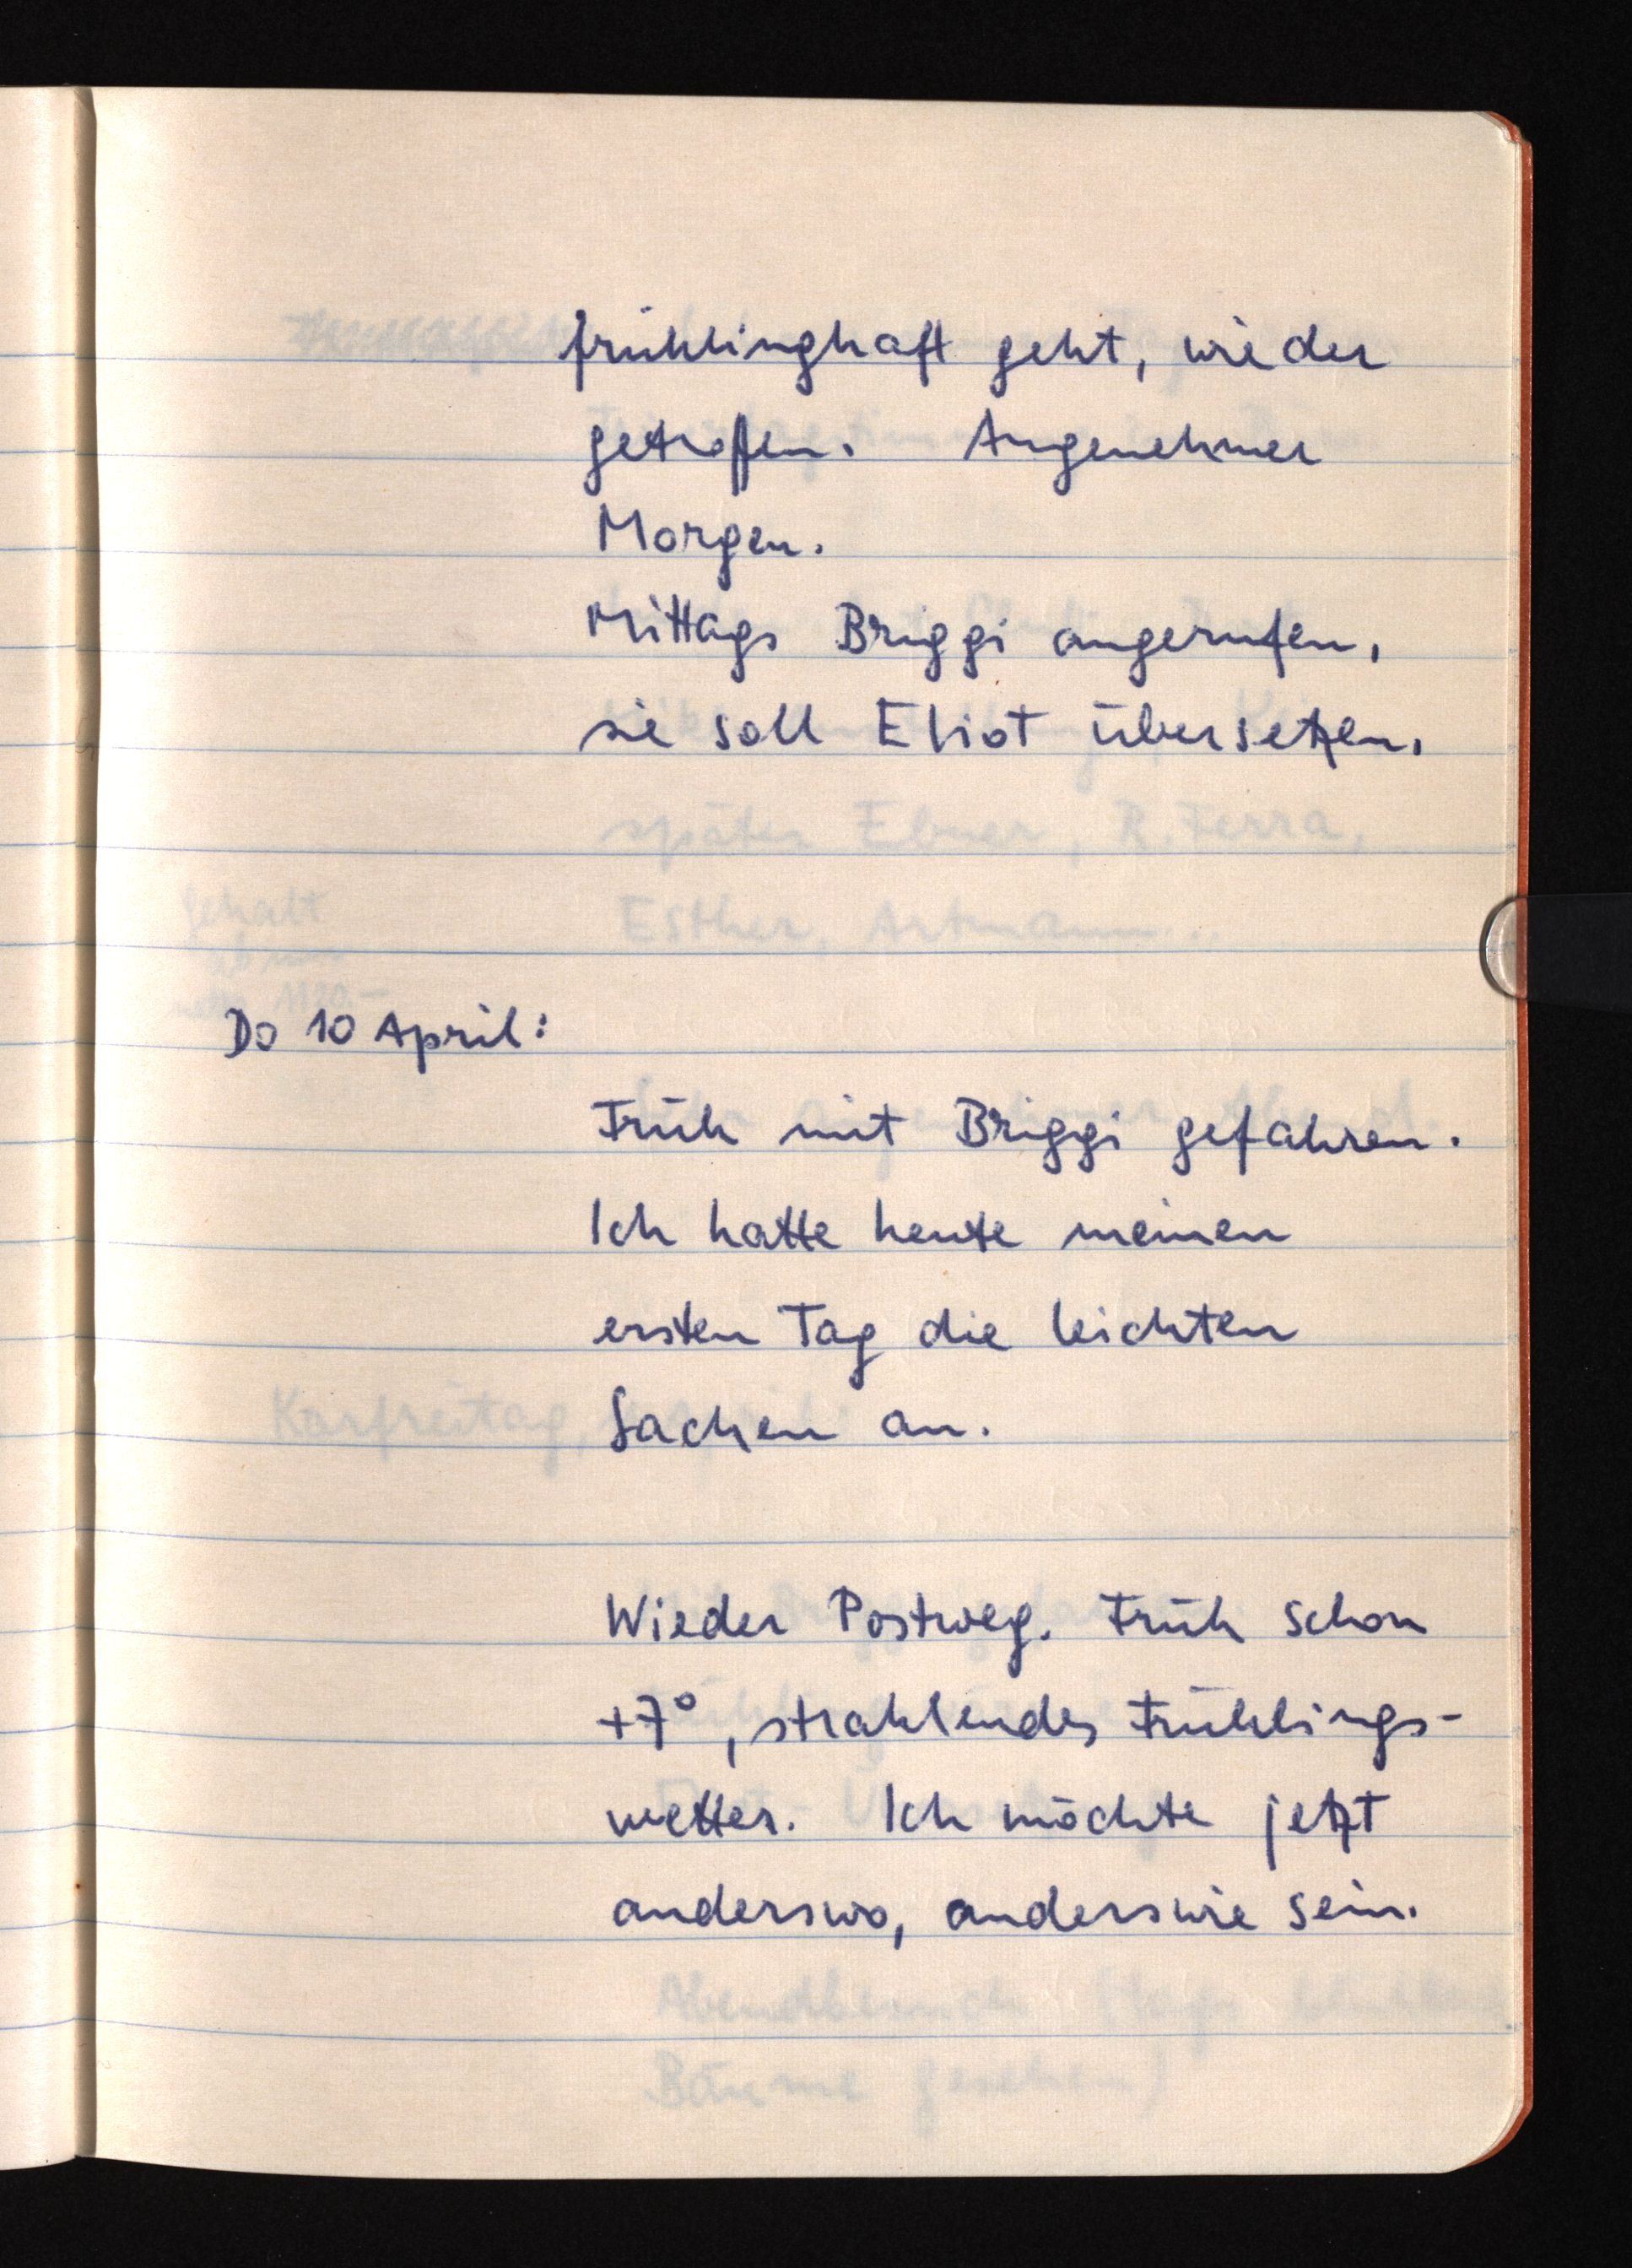
frühlingshaft geht, wieder
getroffen. Angenehmer
Morgen.
Mittags Briggi angerufen,
sie soll Eliot übersetzen.
Do 10 April:
Früh mit Briggi gefahren.
Ich hatte heute meinen
ersten Tag die leichten
Sachen an.
Wieder Postweg. Früh schon
+7°, strahlendes Frühlings¬
wetter. Ich möchte jetzt
anderswo, anderswie sein.